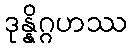
ဒုန္နိဂ္ဂဟဿ